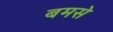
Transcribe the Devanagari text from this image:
बमसे